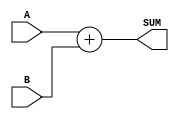
module signed_adder(
    input signed [7:0] A,
    input signed [7:0] B,
    output signed [7:0] SUM
    );
	 
	 wire signed [7:0] SUM;
	 assign SUM = A + B;
	 
endmodule